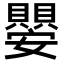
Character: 𭒱